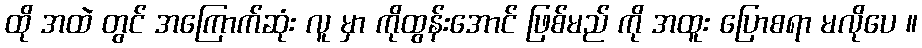
ထို အထဲ တွင် အကြောက်ဆုံး လူ မှာ ကိုထွန်းအောင် ဖြစ်မည် ကို အထူး ပြောစရာ မလိုပေ ။